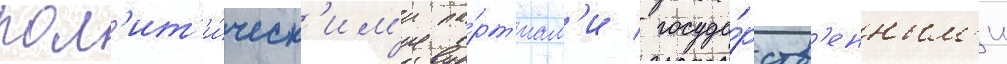
пол'ит'и́ческ'им'и па́рт'иам'и / госуда́рств'енным'и